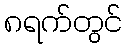
၈ရက်တွင်